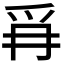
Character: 𭶪